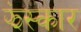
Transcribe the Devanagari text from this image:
झंस्कार